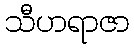
သီဟရာဇာ